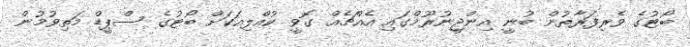
ބޯޓުގެ ވެރިފަރާތުން ބުނީ އިންޖީނުރޫމްގައި އެއްޗެއް ގޮވީ ކުއްލިއަކަށް ބޯޓުގެ ސްޕީޑް މަތިވުމުން